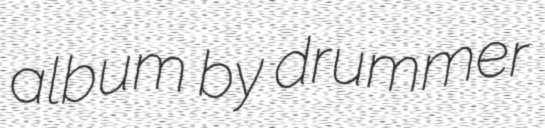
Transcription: album by drummer